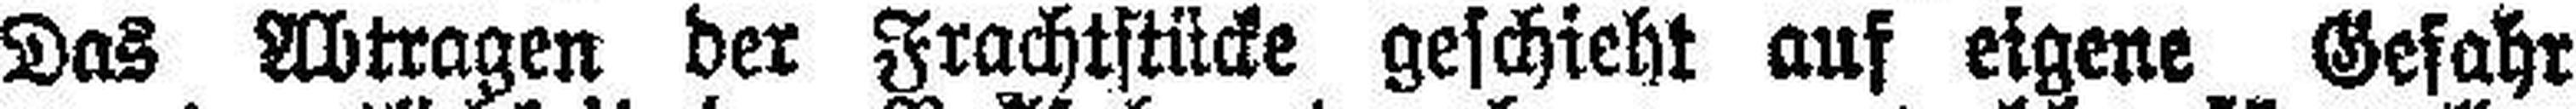
Das Abtragen der Frachtstücke geschieht auf eigene Gefahr